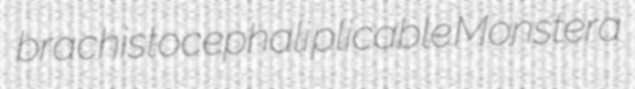
brachistocephali plicable Monstera